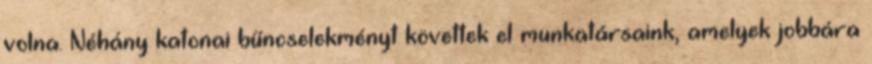
volna. Néhány katonai bűncselekményt követtek el munkatársaink, amelyek jobbára